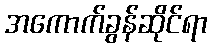
အကောက်ခွန်ဆိုင်ရာ